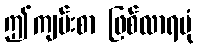
ဤကျမ်းစာ ဖြစ်လာရပုံ